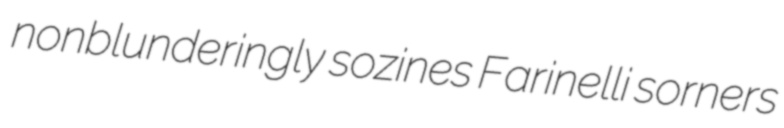
nonblunderingly sozines Farinelli sorners